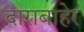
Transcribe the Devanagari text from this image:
दाराबाहेर